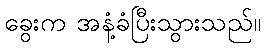
ခွေးက အနံ့ခံပြီးသွားသည်။